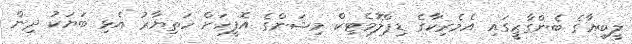
ލީބިއާގެ ބެންގާޒީގައި އެމެރިކާގެ ޑިޕްލޮމެޓިކް މިޝަންގެ އޮފީހަށް ހަތިޔާރު އެޅި ބަޔަކު ދިން